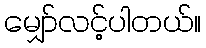
မျှော်လင့်ပါတယ်။